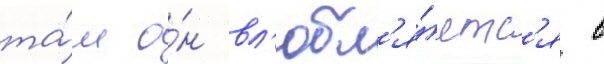
та́м о́н вл'юбл'я́етс'я в